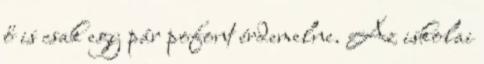
ő is csak egy pár pofont érdemelne. Az iskolai